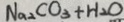
N a _ { 2 } C O _ { 3 } + H _ { 2 } O